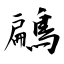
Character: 鶣